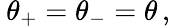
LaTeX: \: \theta_{+}=\theta_{-}=\theta\, ,\: